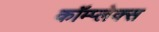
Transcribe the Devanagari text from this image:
कॉम्‍प्‍लेक्‍स